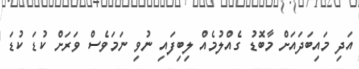
އަދި މައިބަދައަށް މާބޮޑު ގެއްލުމެއް ލިބިފައި ނުވި ނަމަވެސް ވަރަށް ކުޑަ ކުޑަ